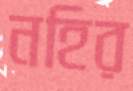
নহির